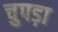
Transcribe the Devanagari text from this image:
चुपड़ा